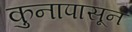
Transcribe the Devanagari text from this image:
कुनापासून